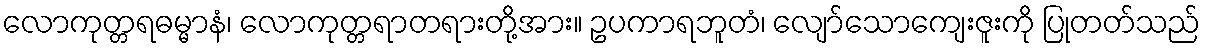
လောကုတ္တရဓမ္မာနံ၊ လောကုတ္တရာတရားတို့အား။ ဥပကာရဘူတံ၊ လျော်သောကျေးဇူးကို ပြုတတ်သည်